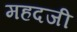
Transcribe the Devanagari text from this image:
महदजी